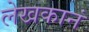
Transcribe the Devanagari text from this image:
लेखकानं